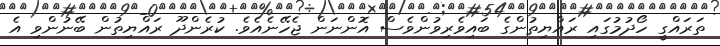
ތަރައްގީ ހޯދުމުގައި ރައްޔިތުންގެ ބައިވެރިވުންވެސް އޮންނަން ޖެހޭނެއެވެ. ކުރެންދޫ ރައްޔިތުން ބޭނުންވި އެ